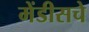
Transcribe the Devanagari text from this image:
मेंडीसचे